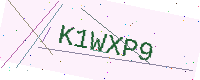
Text: K1WXP9